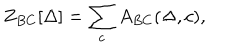
Z _ { B C } [ \Delta ] = \sum _ { c } A _ { B C } ( \Delta , c ) ,